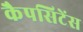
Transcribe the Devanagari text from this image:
कैपसिटेंस